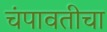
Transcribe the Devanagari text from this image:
चंपावतीचा